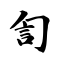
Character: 訇